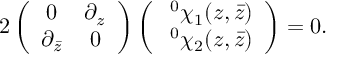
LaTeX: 2 \left( \begin{array} { c c } { { 0 } } & { { \partial _ { z } } } \\ { { \partial _ { \bar { z } } } } & { { 0 } } \end{array} \right) \left( \begin{array} { c } { { \; ^ { 0 } \chi _ { 1 } ( z , \bar { z } ) } } \\ { { \; ^ { 0 } \chi _ { 2 } ( z , \bar { z } ) } } \end{array} \right) = 0 .